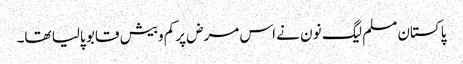
پاکستان مسلم لیگ نون نے اس مرض پرکم وبیش قابو پالیا تھا۔